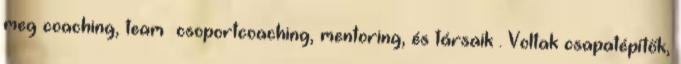
meg coaching, team csoportcoaching, mentoring, és társaik . Voltak csapatépítők,